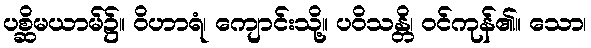
ပစ္ဆိမယာမ်၌။ ဝိဟာရံ၊ ကျောင်းသို့။ ပဝိသန္တိ၊ ဝင်ကုန်၏။ သော၊